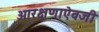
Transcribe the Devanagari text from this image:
आरक्षणाऐवजी